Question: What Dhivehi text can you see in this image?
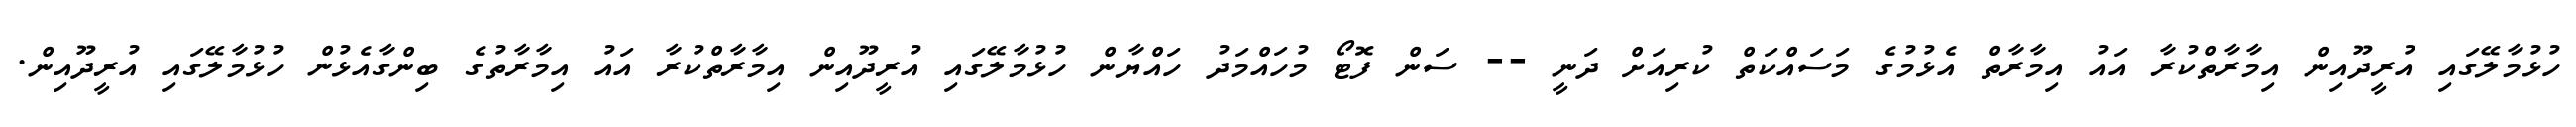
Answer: ހުޅުމާލޭގައި އުރީދޫއިން އިމާރާތްކުރާ އައު އިމާރާތް އެޅުމުގެ މަސައްކަތް ކުރިއަށް ދަނީ -- ސަން ފޮޓޯ މުހައްމަދު ހައްޔާން ހުޅުމާލޭގައި އުރީދޫއިން އިމާރާތްކުރާ އައު އިމާރާތުގެ ބިންގާއެޅުން ހުޅުމާލޭގައި އުރީދޫއިން.